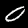
Label: 0